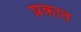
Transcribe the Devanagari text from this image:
प्रकात